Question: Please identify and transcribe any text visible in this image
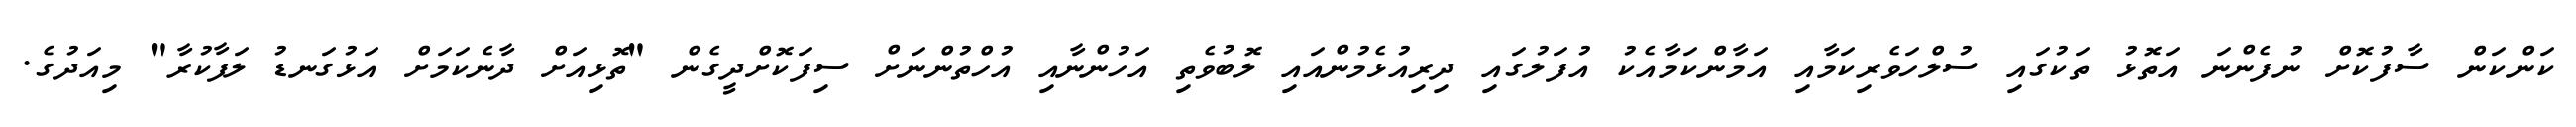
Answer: ކަންކަން ސާފުކޮށް ނުފެންނަ އަތޮޅު ތަކުގައި ސުލްހަވެރިކަމާއި އަމާންކަމާއެކު އުފަލުގައި ދިރިއުޅެމުންއައި ލޮބުވެތި އަހުންނާއި އުހްތުންނަށް ސިފަކޮށްދީގެން "ތޮޅިއަށް ދާނެކަމަށް އަޅުގަނޑު ލަފާކުރާ" މިއަދުގެ.